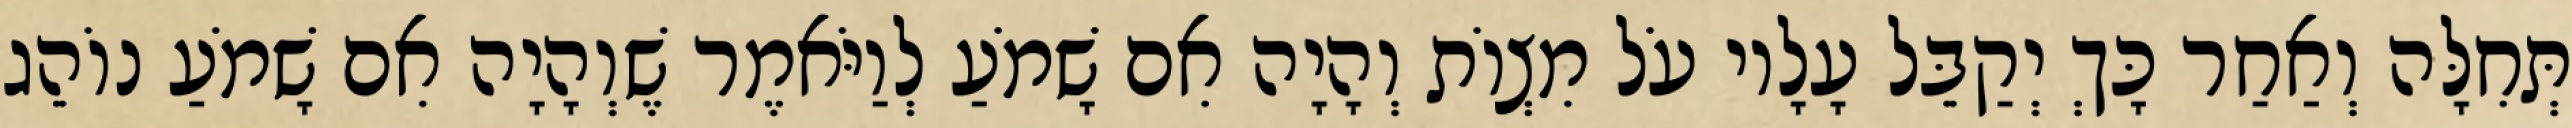
תְּחִלָּה וְאַחַר כָּךְ יְקַבֵּל עָלָיו עֹל מִצְוֹת וְהָיָה אִם שָׁמֹעַ לְוַיֹּאמֶר שֶׁוְהָיָה אִם שָׁמֹעַ נוֹהֵג